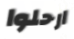
ارحلوا